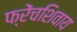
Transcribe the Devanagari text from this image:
फ्रेंचशिवाय